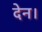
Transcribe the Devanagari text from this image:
देन।